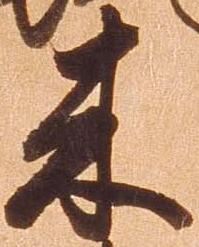
来